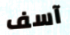
آسف